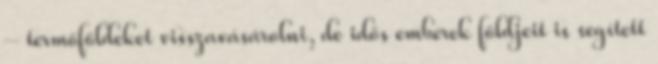
– termőföldeket visszavásárolni, de idős emberek földjeit is segített